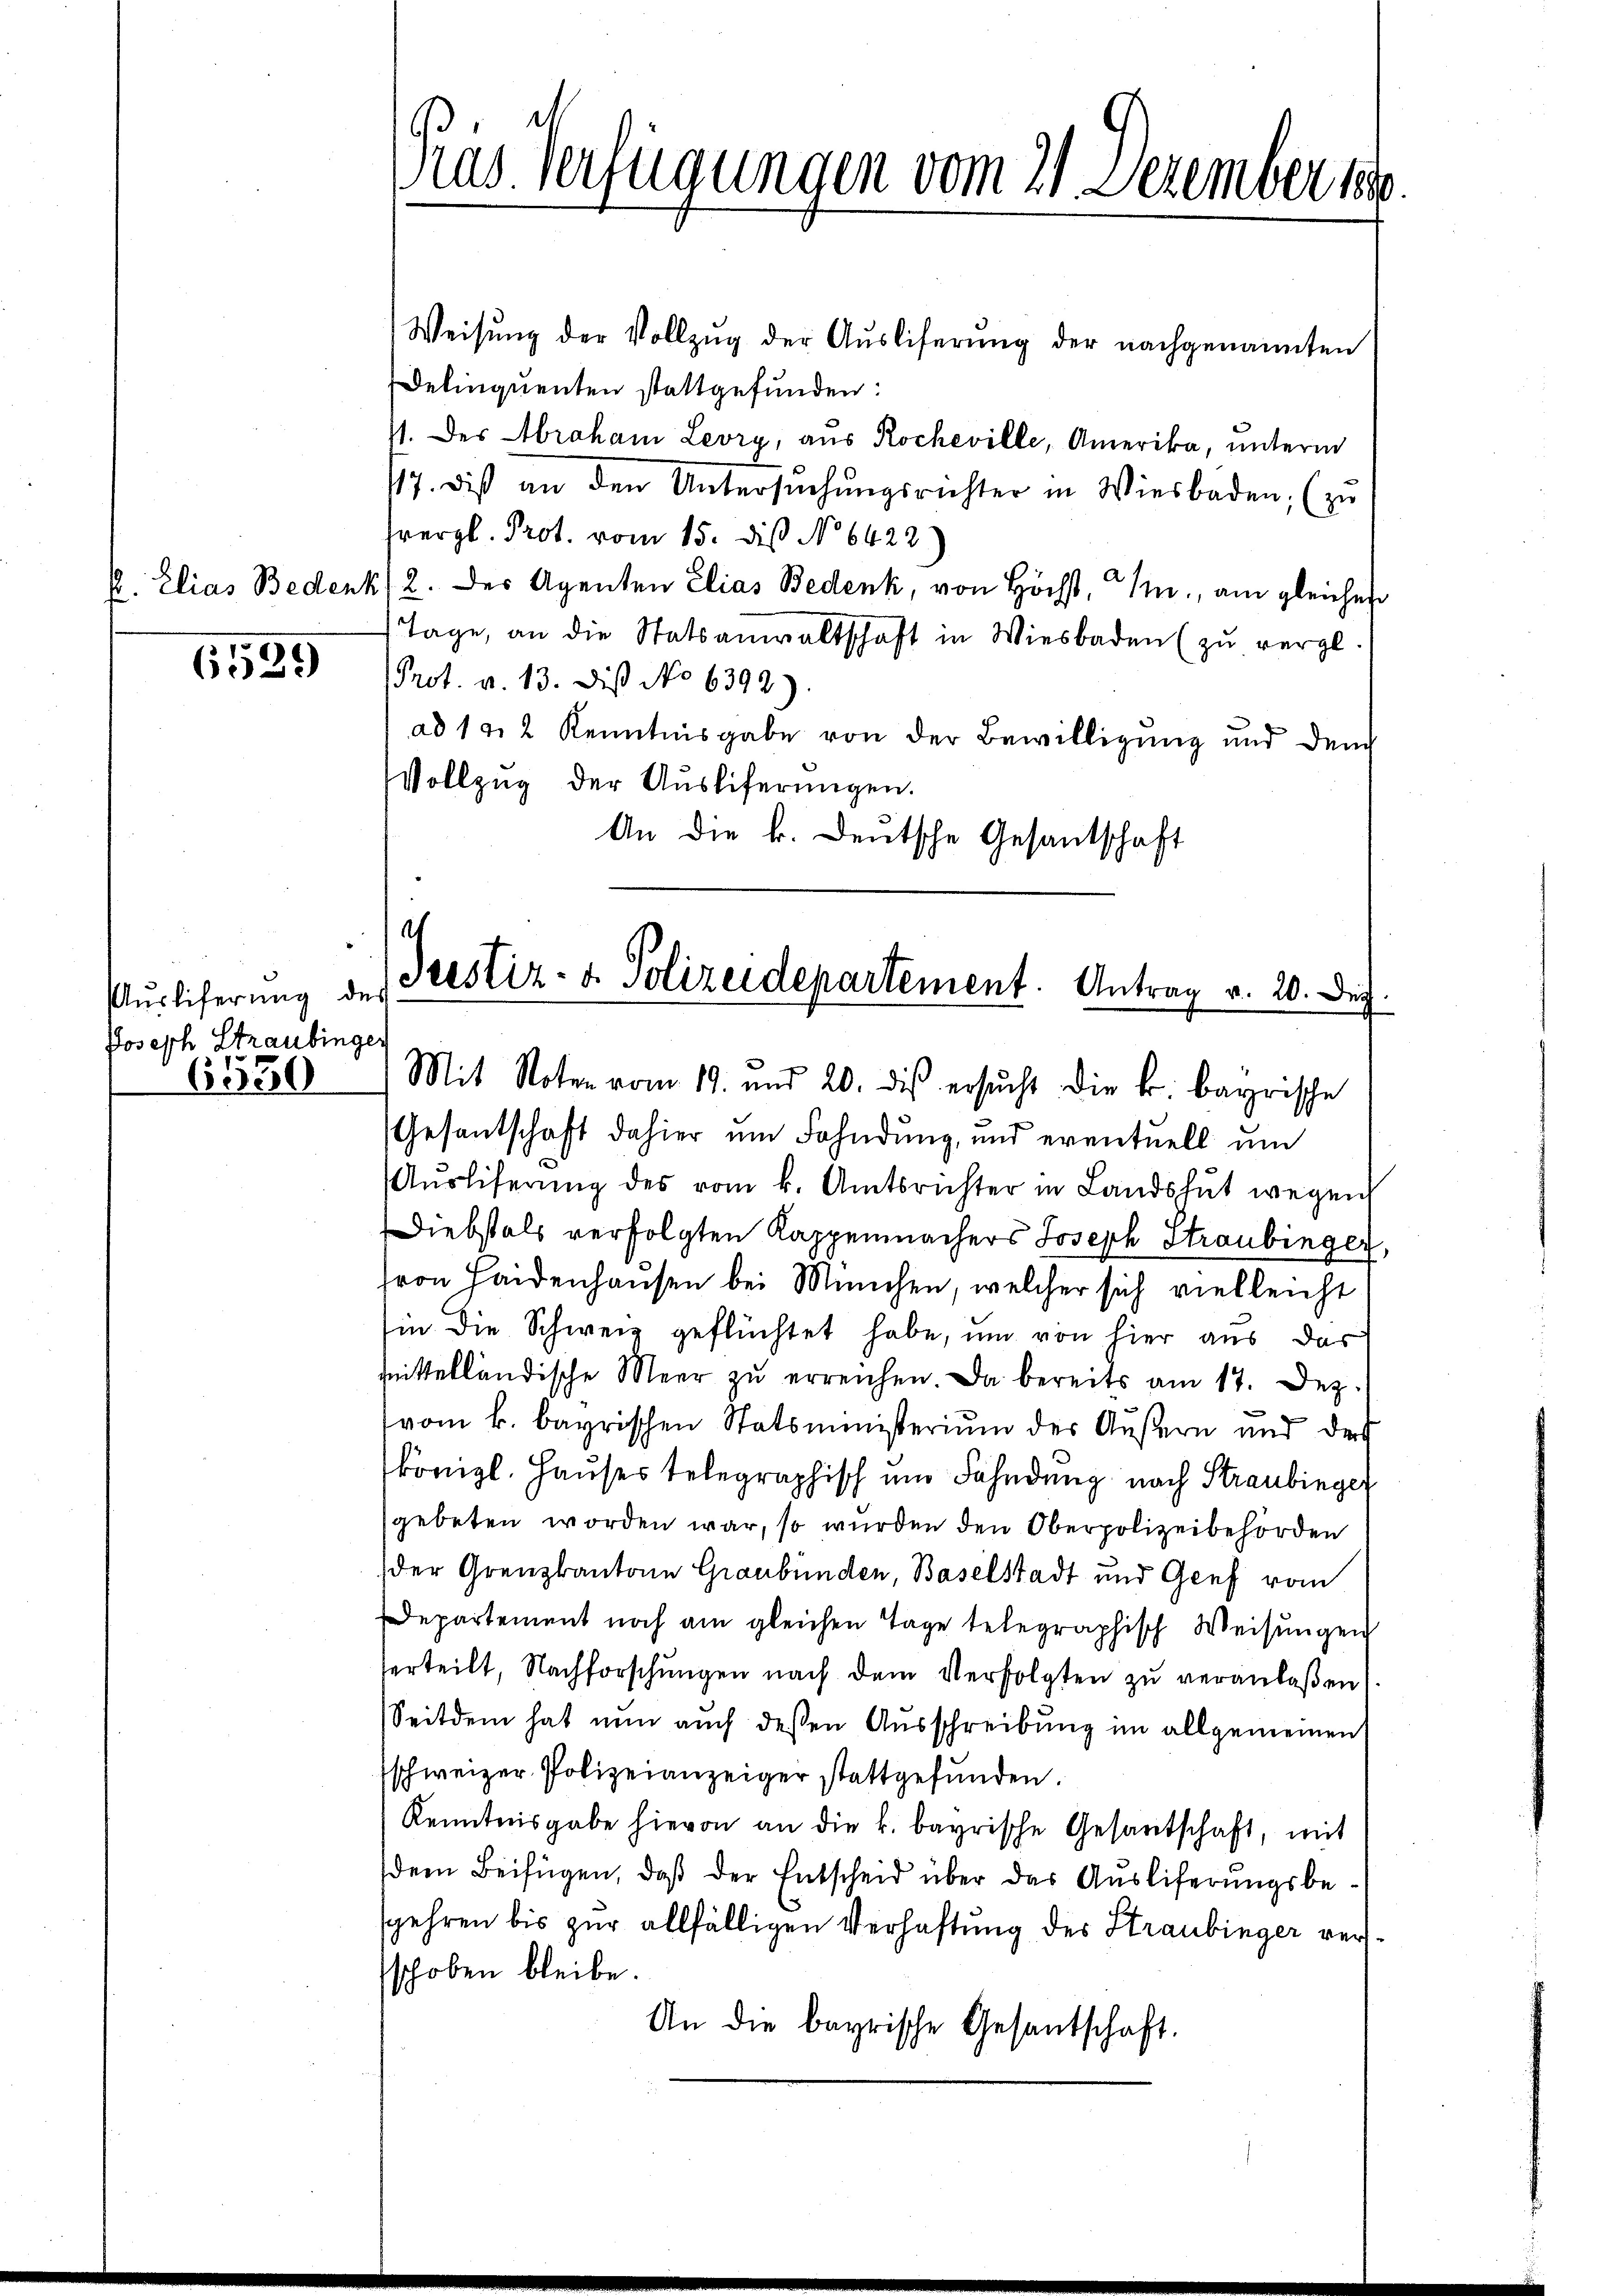
s. Elias Beden

6539

Auslieferung de
Joseph Straubinger
6550

Ras. Verfügungen vom 21. Dezember 180.

Weisŭng der Vollzug der Aŭsliferung der nachgenannten
Delinquenten stattgefunden:
/. des Abraham Levry, aus Rocheville, Amerika, unterm
17. dis an den Untersŭchŭngsrichter in Wiesbaden, (zu
vergl. Prot. vom 15. diß No 6422
412. des Agenten Elias Bedenk, von Höchst, M., am gleichen
Tage, an die Statsanwaltschaft in Wiesbaden (zu vergl.
Prot. a. 13. Dis No 6392.)
ad 14, 2 Kenntnisgabe von der Bewilligung und dem
Vollzug der Ausliferungen.
An die k. Deutsche Gesantschaft

h
srestiz- u. Polizeidepartement. Antrag v. 20. Dec.

Mit Noten vom 19. und 20. dies ersŭcht die k. bayrische
Gesantschaft dahier um Fahndung, und eventuell um
Aŭsliferŭng des vom k. Amtsrichter in Landshut wegen
DDiebstals verfolgten Kappenmachers Joseph Straubinger
(von Haidenhausen bei München, welcher sich vielleicht
hin die Schweiz geflüchtet habe, um von hier aus das
mittelländische Meer zu erreichen. Da bereits am 17. Dez.
.
vom k. bayrischen Statsministerium der Äußern nur der
königl. Hauses telegraphisch und Fahndung nach Straubinger
sgebeten worden war, so wurden den Oberpolizeibehörden
der Grenzkantone Graubünden, Baselstadt und Genf vom
Departement noch am gleichen Tage telegraphisch Weisungen
erteilt, Nachforschungen nach dem Verfolgten zu veranlaßen,
Seitdem hat nun auch deßen Ausschreibung im allgemeinen
schweizer Polizeianzeiger stattgefunden.
Kenntnisgabe hievon an die k. bayrische Gesantschaft, mit
dem Beifügen, daß der Entscheid über das Ausliferungsbesgehren bis zur allfälligen Verhaftung des Straubinger verschoben bleibe.
An die bayrische Gesantschaft.